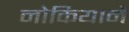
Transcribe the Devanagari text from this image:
नोकियाने